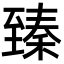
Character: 臻